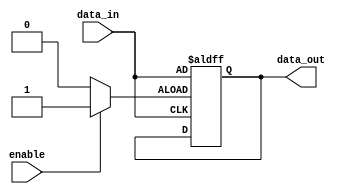
module io_buffer (
    input enable,
    input data_in,
    output reg data_out
);

reg buffer_enable;

always @ (enable)
begin
    if (enable)
        buffer_enable <= 1'b1;
    else
        buffer_enable <= 1'b0;
end

always @ (posedge buffer_enable or posedge data_in)
begin
    if (buffer_enable)
        data_out <= data_in;
end

endmodule